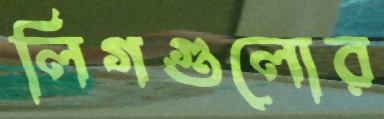
লিগগুলোর